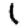
Digit: 1